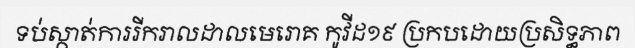
ទប់ស្កាត់ការរីករាលដាលមេរោគ កូវីដ១៩ ប្រកបដោយប្រសិទ្ធភាព